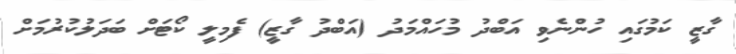
ގާޒީ ކަމުގައި ހުންނެވި އަބްދު މުހައްމަދު (އަބްދު ގާޒީ) ފެމިލީ ކޯޓަށް ބަދަލުކުރުމަށް